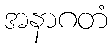
အနာဂတံ